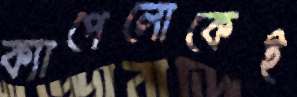
ক্যাপেলোকেই